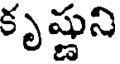
కృష్ణుని